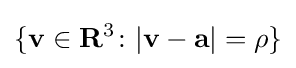
\{\mathbf {v} \in \mathbf {R} ^{3}\colon |\mathbf {v} -\mathbf {a} |=\rho \}